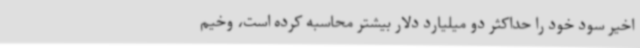
اخیر سود خود را حداکثر دو میلیارد دلار بیشتر محاسبه کرده است، وخیم